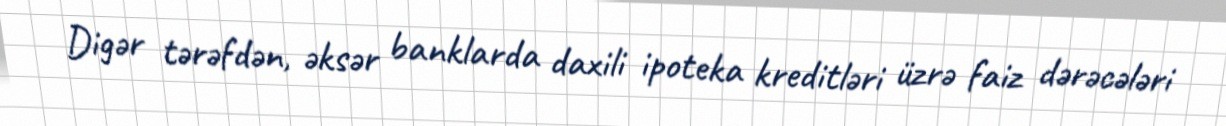
Digər tərəfdən, əksər banklarda daxili ipoteka kreditləri üzrə faiz dərəcələri